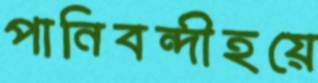
পানিবন্দীহয়ে